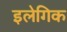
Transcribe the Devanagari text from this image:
इलेगिक